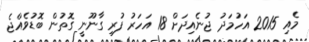
މެއި 2015 އަހުމަދު ޖުނެއިދަށް 18 އަހަރު ފުރި ގާނޫނީ ގޮތުން ބޮޑުވެއްޖެ